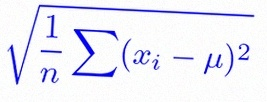
\sigma=\sqrt{\frac1n\sum(x_i-\mu)^2}